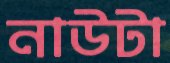
নাউটা